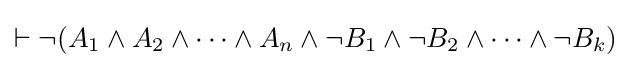
\vdash \neg (A_{1}\land A_{2}\land \cdots \land A_{n}\land \neg B_{1}\land \neg B_{2}\land \cdots \land \neg B_{k})